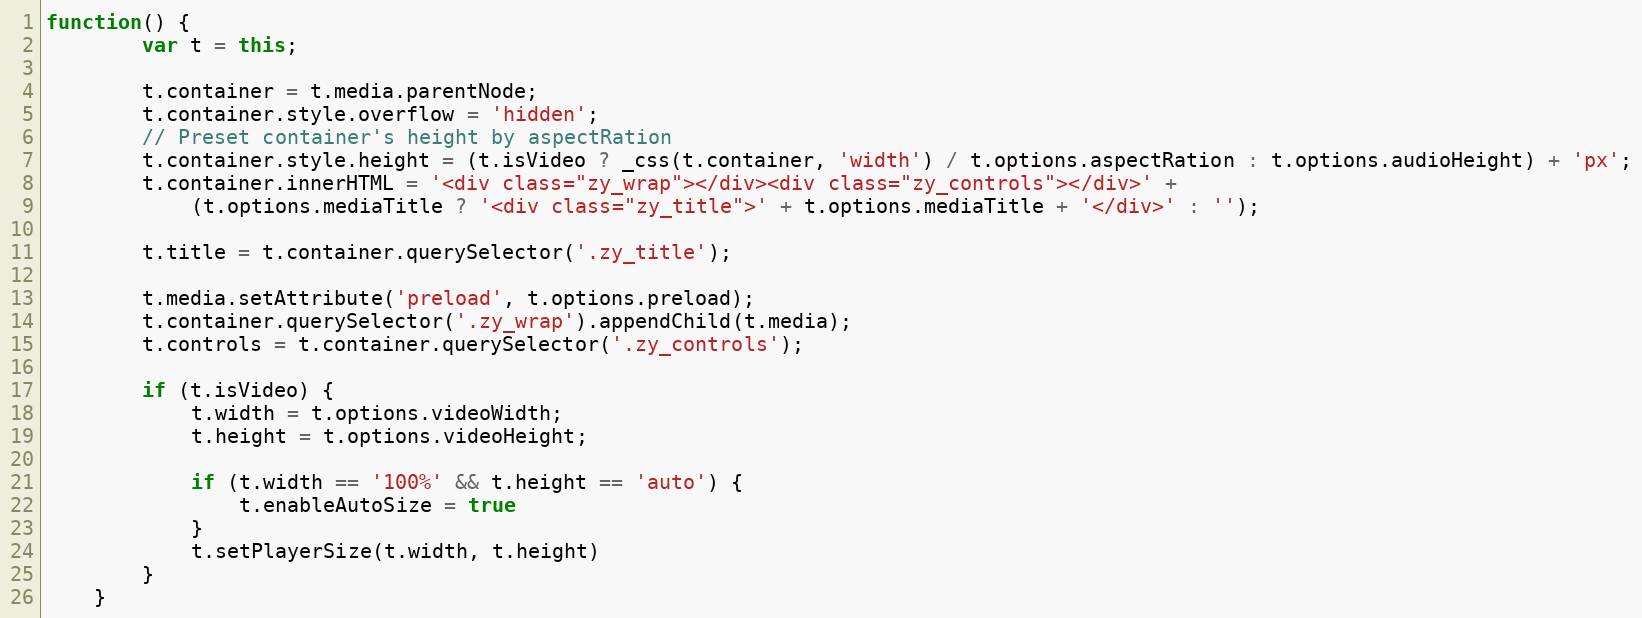
Language: JavaScript
function() {
		var t = this;

		t.container = t.media.parentNode;
		t.container.style.overflow = 'hidden';
		// Preset container's height by aspectRation
		t.container.style.height = (t.isVideo ? _css(t.container, 'width') / t.options.aspectRation : t.options.audioHeight) + 'px';
		t.container.innerHTML = '<div class="zy_wrap"></div><div class="zy_controls"></div>' +
			(t.options.mediaTitle ? '<div class="zy_title">' + t.options.mediaTitle + '</div>' : '');

		t.title = t.container.querySelector('.zy_title');

		t.media.setAttribute('preload', t.options.preload);
		t.container.querySelector('.zy_wrap').appendChild(t.media);
		t.controls = t.container.querySelector('.zy_controls');

		if (t.isVideo) {
			t.width = t.options.videoWidth;
			t.height = t.options.videoHeight;

			if (t.width == '100%' && t.height == 'auto') {
				t.enableAutoSize = true
			}
			t.setPlayerSize(t.width, t.height)
		}
	}